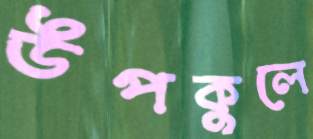
উপকুলে